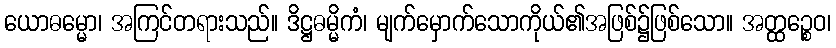
ယောဓမ္မော၊ အကြင်တရားသည်။ ဒိဋ္ဌဓမ္မိကံ၊ မျက်မှောက်သောကိုယ်၏အဖြစ်၌ဖြစ်သော။ အတ္ထဉ္စေဝ၊